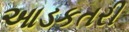
આડકતરી